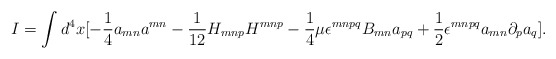
\begin{align*}I = \int d^4 x [-\frac{1}{4}a_{mn}a^{mn} - \frac{1}{12}H_{mnp}H^{mnp} - \frac{1}{4}\mu\epsilon^{mnpq}B_{mn}a_{pq} + \frac{1}{2}\epsilon^{mnpq}a_{mn}\partial_p a_q].\end{align*}